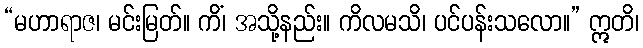
“မဟာရာဇ၊ မင်းမြတ်။ ကိံ၊ အသို့နည်း။ ကိလမသိ၊ ပင်ပန်းသလော။” ဣတိ၊